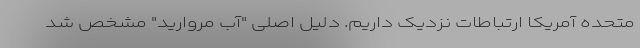
متحده آمریکا ارتباطات نزدیک داریم. دلیل اصلی "آب مروارید" مشخص شد